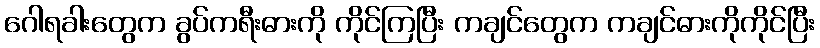
ဂေါရခါးတွေက ခွပ်ကရီးဓားကို ကိုင်ကြပြီး ကချင်တွေက ကချင်ဓားကိုကိုင်ပြီး